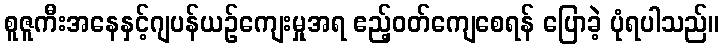
စူဇူကီးအနေနှင့်ဂျပန်ယဉ်ကျေးမှုအရ ဧည့်ဝတ်ကျေစေရန် ပြောခဲ့ ပုံရပါသည်။